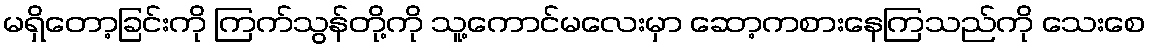
မရှိတော့ခြင်းကို ကြက်သွန်တို့ကို သူ့ကောင်မလေးမှာ ဆော့ကစားနေကြသည်ကို သေးစေ